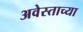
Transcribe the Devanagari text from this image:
अवेस्ताच्या